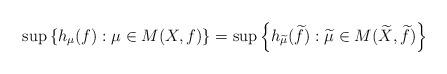
LaTeX: \begin{align*}\sup\left\{h_\mu(f):\mu\in M(X,f)\right\}=\sup\left\{h_{\widetilde{\mu}}(\widetilde{f}):\widetilde{\mu} \in M(\widetilde{X},\widetilde{f})\right\}\end{align*}